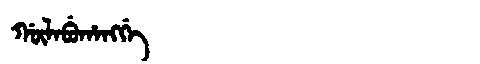
Manchu: ᡤᡡᠯᠠᠪᡠᡥᠠᠩᡤᡝ
Romanization: GŪLABUHANGGE